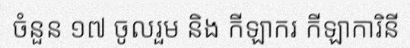
ចំនួន ១៧ ចូលរួម និង កីឡាករ កីឡាការិនី